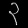
Digit: ၃